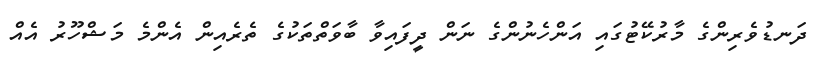
ދަނޑުވެރިންގެ މާރުކޭޓުގައި އަންހެނުންގެ ނަން ދީފައިވާ ބާވަތްތަކުގެ ތެރެއިން އެންމެ މަޝްހޫރު އެއް